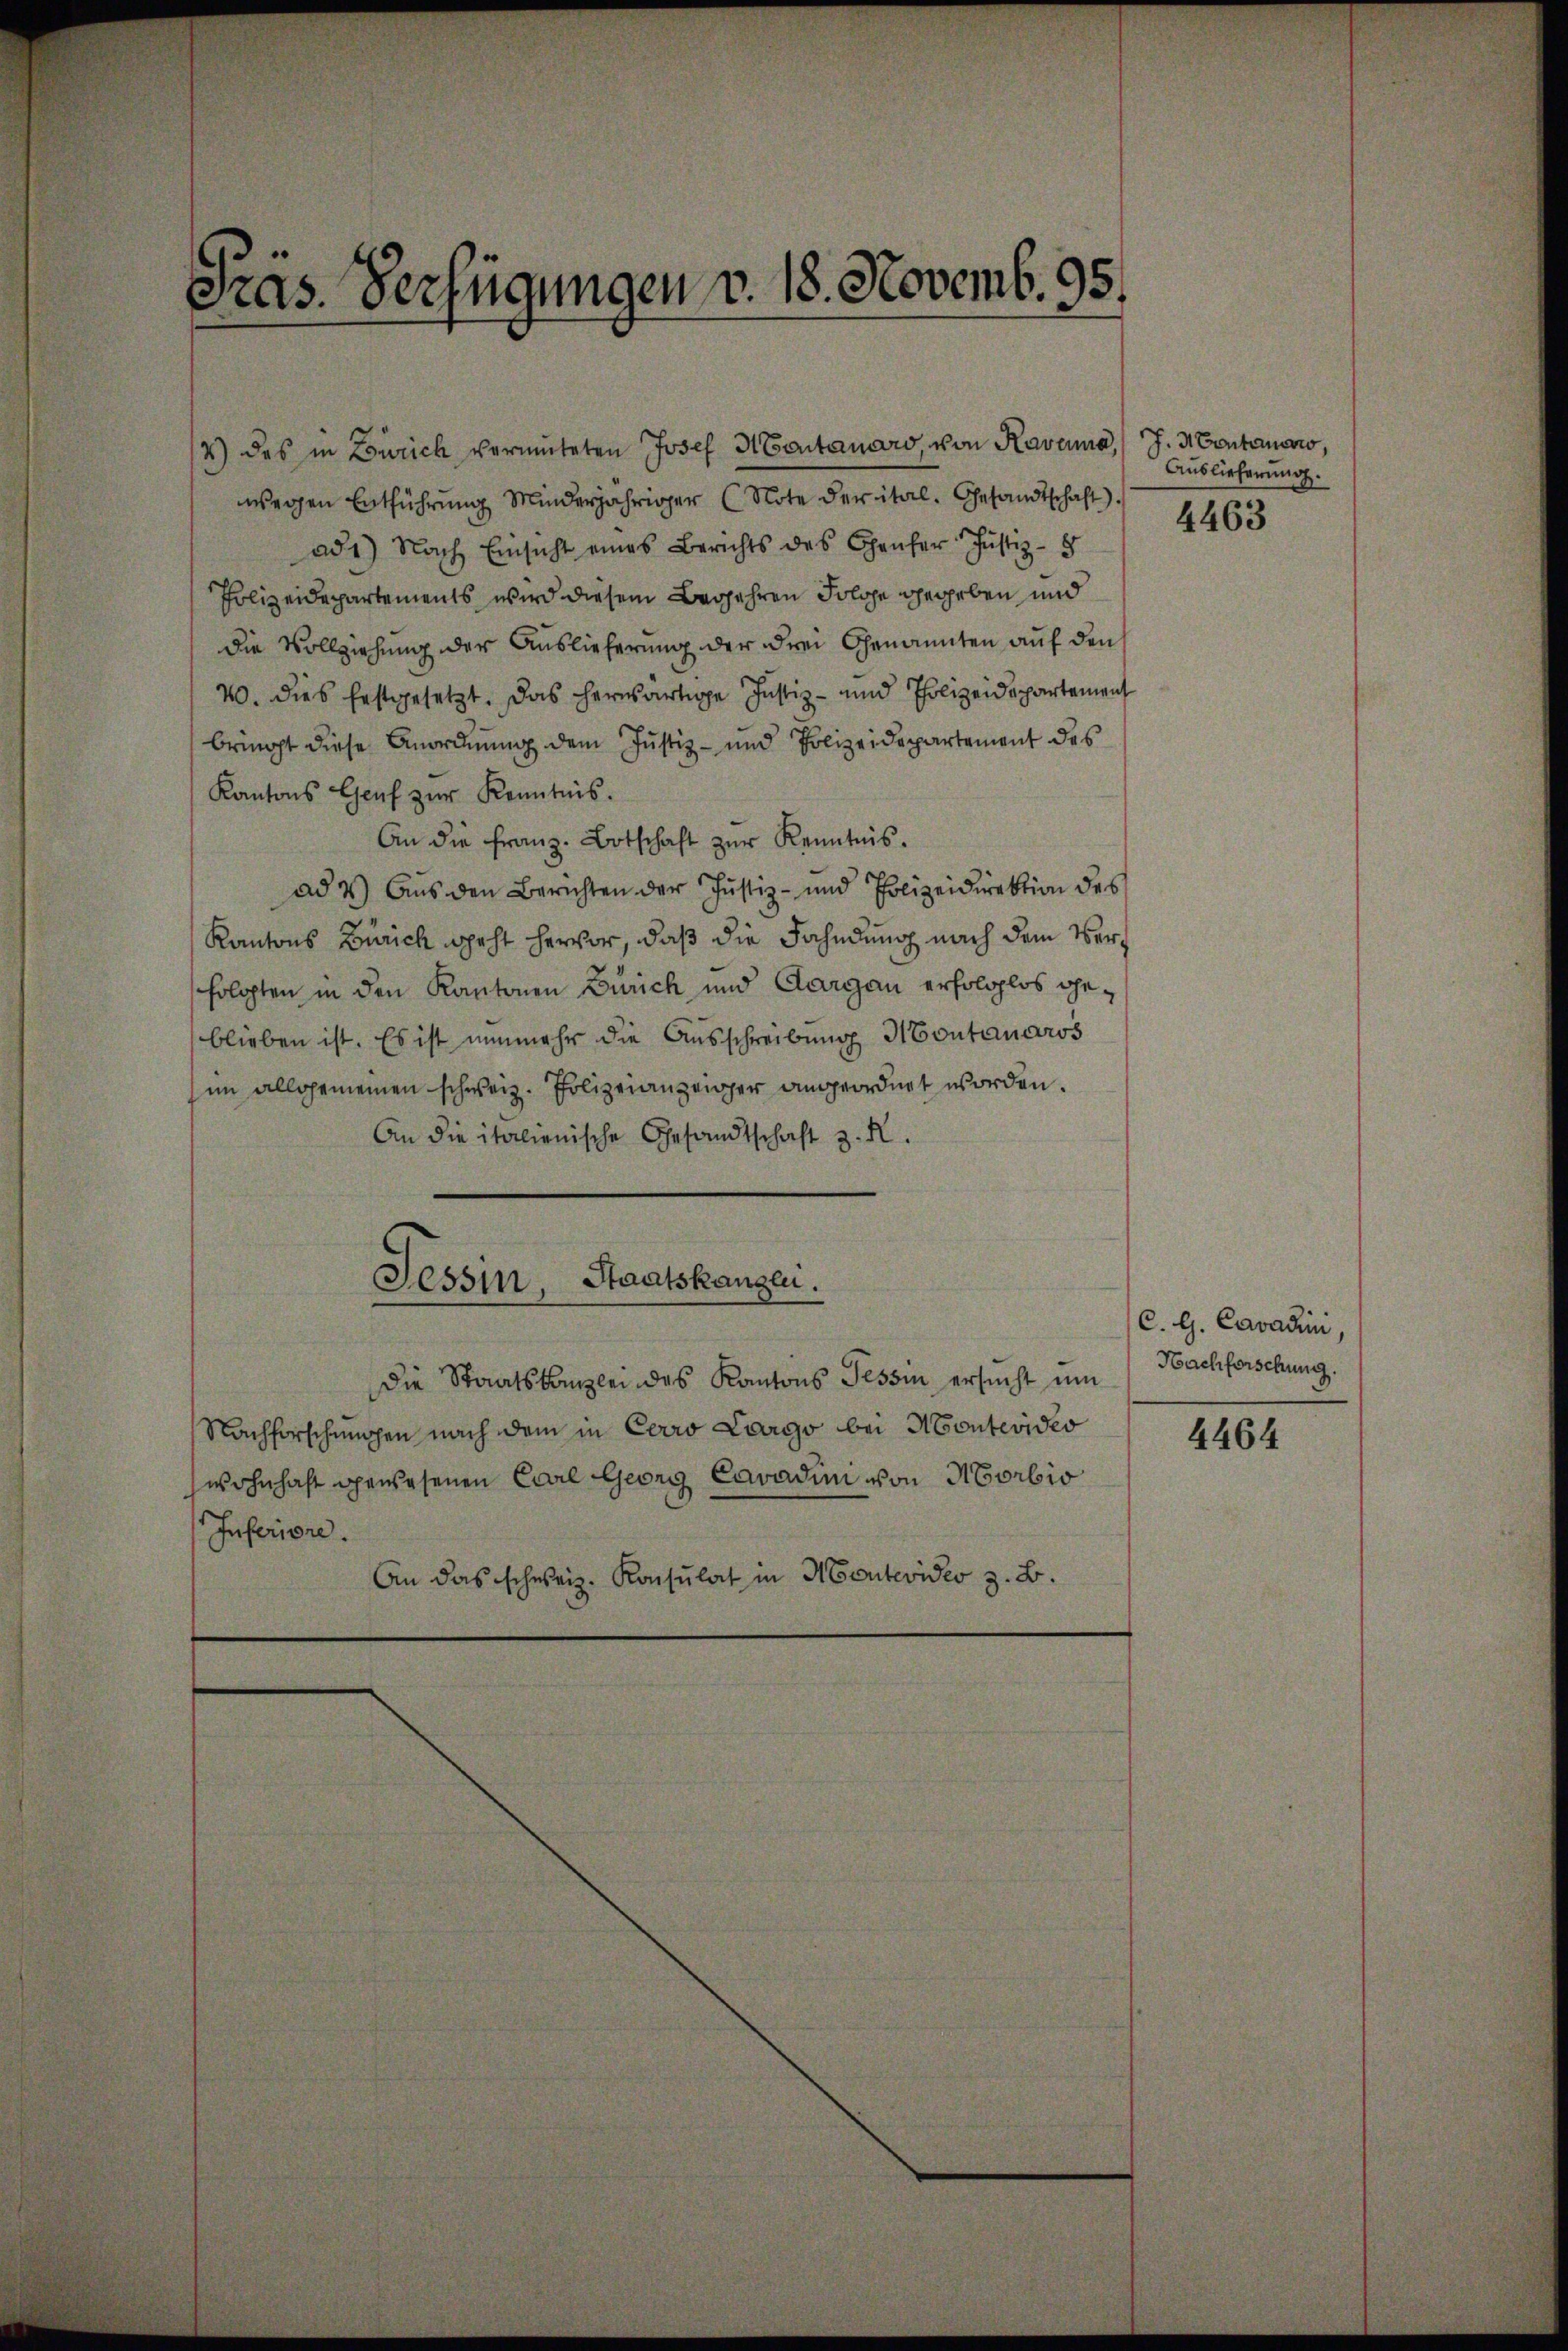
Pras. Verfügungen v. 18. Novemb. 95.

wegen Entführŭng Minderjähriger (Note der ital. Gesandtschaft).
ad1) Nach Einsicht eines Berichts des Genfer Justiz-
Polizeidepartements wird diesem Begehren Folge gegeben und
Die Vollziehung der Auslieferung der drei Genannten auf den
20. dies festgesetzt. Das herwärtige Justiz- und Polizeidepartement
bringt diese Anordnung dem Justiz- und Polizeidepartement des
Kantons Genf zŭr Kenntnis.
An die franz Botschaft zŭr Kenntnis.
ad 2.) Aus den Berichten der Justiz- und Polizeidirektion des
Kantons Zürich geht hervor, daß die Fahndung nach dem Verfolgten in den Kantonen Zürich und Aargau erfolglos geblieben ist. Es ist nunmehr die Ausschreibung Montanaros
im allgemeinen schweiz. Polizeianzeiger angeordnet worden.
An die italienische Gesandtschaft z. R.
Tessin, Staatskangen.
die Staatskanzlei des Kantons Tessin ersŭcht ŭm
Nachforschungen nach dem in Cerro Largo bei Montevideo
wohnhaft gewesenen Carl Georg Cavadin von Morbio
Inferiore.
An das schweiz. Konsulat in Montevideo z. B.

2) das in Zürich vermuteten Josef Montanaro von Ravema, J. Montanaro,

Auslieferung.

4463

C. G. Cavadini,
Hachforschung.

4464